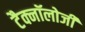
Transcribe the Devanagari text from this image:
टैक्नॉलोजी